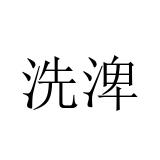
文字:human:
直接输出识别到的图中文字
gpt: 洗渒